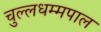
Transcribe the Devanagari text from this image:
चुल्लधम्मपाल